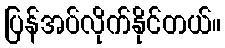
ပြန်အပ်လိုက်နိုင်တယ်။